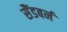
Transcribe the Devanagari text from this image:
सैंडबर्न